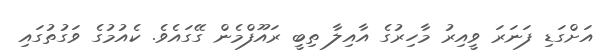
އަށްގަޑި ފަނަރަ ވީއިރު މާހިރުގެ އާއިލާ ތިބީ ރައޫފްމެން ގޭގައެވެ. ކެއުމުގެ ވަގުތުގައި